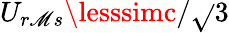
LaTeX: U_{r\mathscr{M}s}\lesssimc/\sqrt{}{{3}}